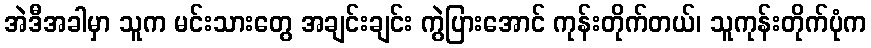
အဲဒီအခါမှာ သူက မင်းသားတွေ အချင်းချင်း ကွဲပြားအောင် ကုန်းတိုက်တယ်၊ သူကုန်းတိုက်ပုံက